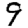
Digit: 9